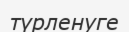
түрленуге